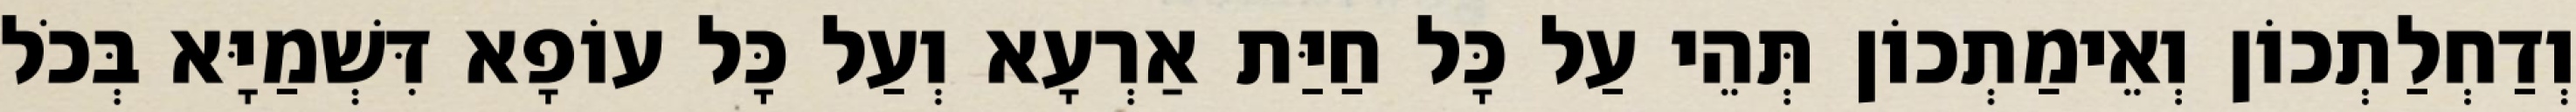
וְדַחְלַתְכוֹן וְאֵימַתְכוֹן תְּהֵי עַל כָּל חַיַּת אַרְעָא וְעַל כָּל עוֹפָא דִּשְׁמַיָּא בְּכֹל